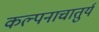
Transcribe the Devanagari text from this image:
कल्पनाचातुर्य